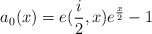
\begin{align*}a_{0}(x)=e(\frac{i}{2},x)e^{\frac{x}{2}}-1 \end{align*}